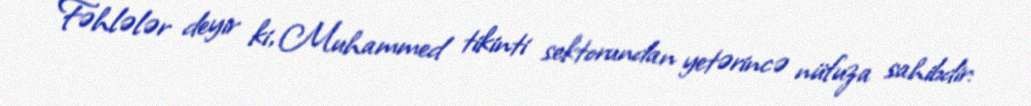
Fəhlələr deyir ki, Muhammed tikinti sektorundan yetərincə nüfuza sahibdir: